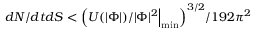
d N / d t d S < { \Big ( } U ( | \Phi | ) / | \Phi | ^ { 2 } { \Big | } _ { \operatorname* { m i n } } { \Big ) } ^ { 3 / 2 } / 1 9 2 \pi ^ { 2 }